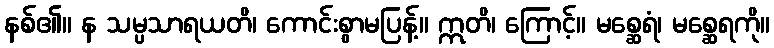
နစ်၏။ န သမ္ပသာရယတိ၊ ကောင်းစွာမပြန့်။ ဣတိ၊ ကြောင့်။ မစ္ဆေရံ၊ မစ္ဆေရကို။